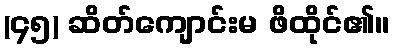
(၄၅) ဆိတ်ကျောင်းမ ဖိထိုင်၏။